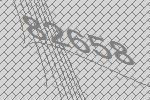
82658